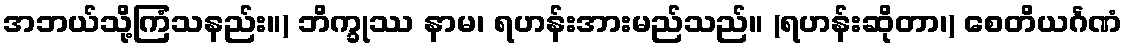
အဘယ်သို့ကြံသနည်း။) ဘိက္ခုဿ နာမ၊ ရဟန်းအားမည်သည်။ (ရဟန်းဆိုတာ၊) စေတိယင်္ဂဏံ